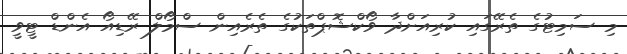
މި ސަމިޓުގެ ތެރޭގައި ކުރިއަށްދާ ވޯކްޝޮޕްތަކުގެ ތެރެއިން ސްމޯލް ރޭޑިއޯ އެންޑް ޓީވީ